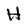
Character: H